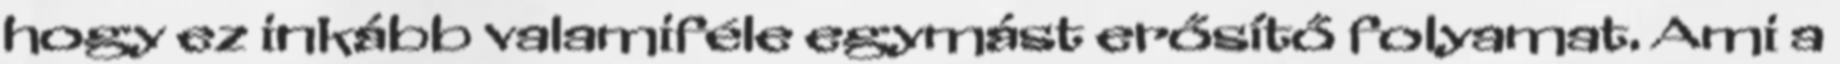
hogy ez inkább valamiféle egymást erősítő folyamat. Ami a